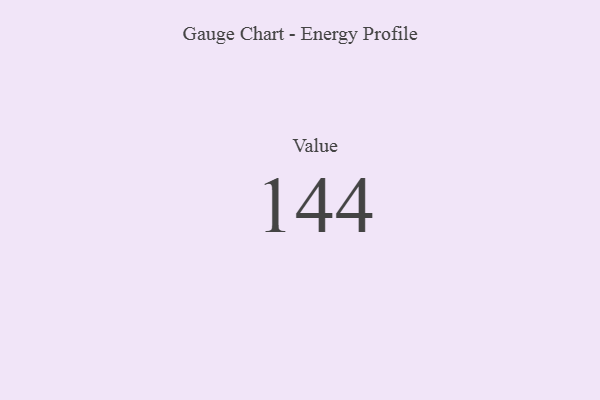
{"axis": {"x": "Metric", "y": "Value"}, "legend": [""], "data": [{"x": "Value", "y": 144, "type": ""}]}